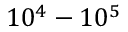
1 0 ^ { 4 } - 1 0 ^ { 5 }